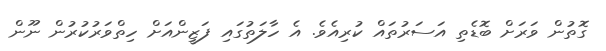
ގޮތުން ވަރަށް ބޮޑެތި އަސަރުތައް ކުރިއެވެ. އެ ހާލަތުގައި ފަޒީންއަށް ހިތްވަރުކުރުން ނޫން